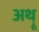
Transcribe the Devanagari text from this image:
अथ़्रू